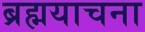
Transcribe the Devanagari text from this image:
ब्रह्मयाचना